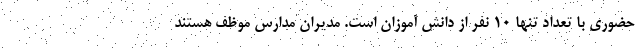
حضوری با تعداد تنها ۱۰ نفر از دانش آموزان است. مدیران مدارس موظف هستند